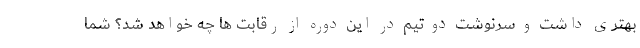
بهتری داشت و سرنوشت دو تیم در این دوره از رقابت ها چه خواهد شد؟ شما